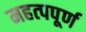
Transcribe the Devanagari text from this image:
महत्‍पपूर्ण